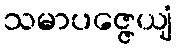
သမာပဇ္ဇေယျံ